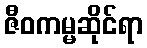
ဇီဝကမ္မဆိုင်ရာ